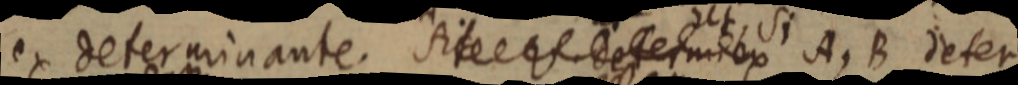
ex determinante. A _ A, B deter